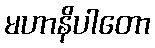
မဟာနိပါတော